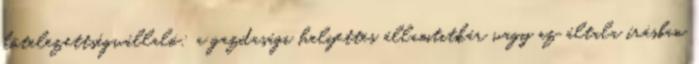
kötelezettségvállaló: a gazdasági helyettes államtitkár vagy az általa írásban